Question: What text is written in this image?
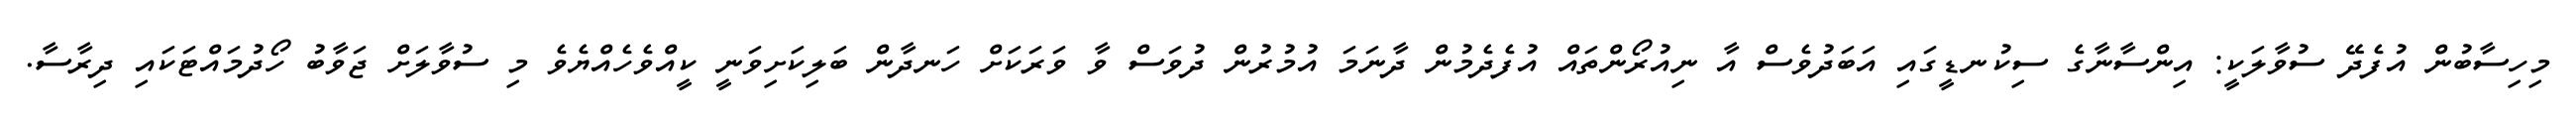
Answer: މިހިސާބުން އުފެދޭ ސުވާލަކީ: އިންސާނާގެ ސިކުނޑީގައި އަބަދުވެސް އާ ނިއުރޯންތައް އުފެދެމުން ދާނަމަ އުމުރުން ދުވަސް ވާ ވަރަކަށް ހަނދާން ބަލިކަށިވަނީ ކީއްވެހެއްޔެވެ މި ސުވާލަށް ޖަވާބު ހޯދުމައްޓަކައި ދިރާސާ.